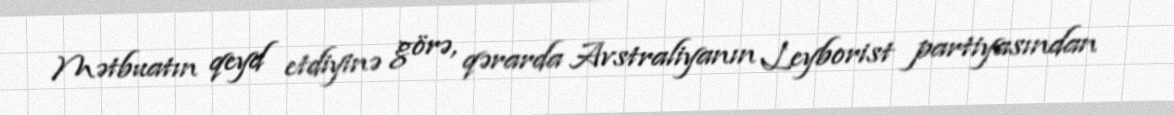
Mətbuatın qeyd etdiyinə görə, qərarda Avstraliyanın Leyborist partiyasından